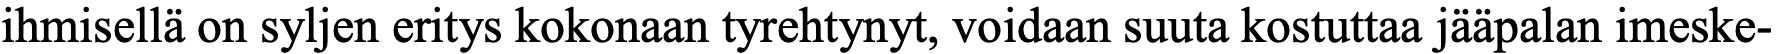
ihmisellä on syljen eritys kokonaan tyrehtynyt, voidaan suuta kostuttaa jääpalan imeske-